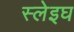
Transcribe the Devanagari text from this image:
स्लेइघ